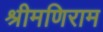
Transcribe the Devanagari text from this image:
श्रीमणिराम